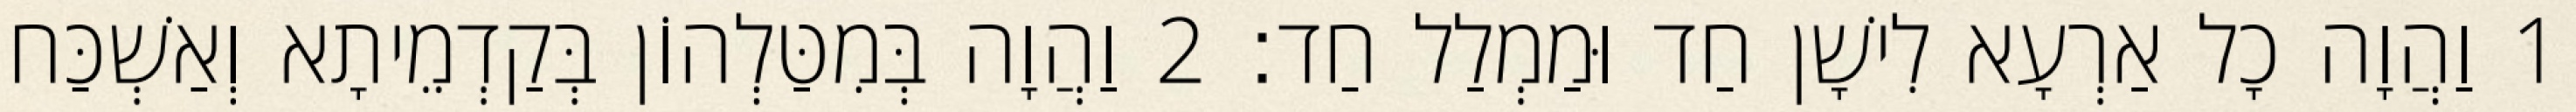
1 וַהֲוָה כָל אַרְעָא לִישָׁן חַד וּמַמְלַל חַד׃ 2 וַהֲוָה בְּמִטַּלְהוֹן בְּקַדְמֵיתָא וְאַשְׁכַּחוּ